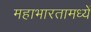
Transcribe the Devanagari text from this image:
महाभारतामध्यें